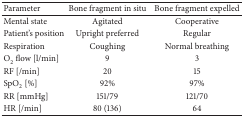
<table><thead><tr><td><b>Parameter</b></td><td><b>Bone fragment in situ</b></td><td><b>Bone fragment expelled</b></td></tr></thead><tbody><tr><td>Mental state</td><td>Agitated</td><td>Cooperative</td></tr><tr><td>Patient&#x27;s position</td><td>Upright preferred</td><td>Regular</td></tr><tr><td>Respiration</td><td>Coughing</td><td>Normal breathing</td></tr><tr><td>O<sub>2</sub> flow [l/min]</td><td>9</td><td>3</td></tr><tr><td>RF [/min]</td><td>20</td><td>15</td></tr><tr><td>SpO<sub>2</sub> [%]</td><td>92%</td><td>97%</td></tr><tr><td>RR [mmHg]</td><td>151/79</td><td>121/70</td></tr><tr><td>HR [/min]</td><td>80 (136)</td><td>64</td></tr></tbody></table>